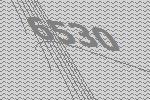
6530